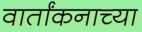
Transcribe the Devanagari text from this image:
वार्तांकनाच्या